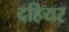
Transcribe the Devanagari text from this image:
दहियर